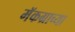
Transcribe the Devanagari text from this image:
मॅकग्राच्या